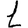
Digit: 1